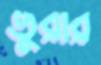
ভুরার